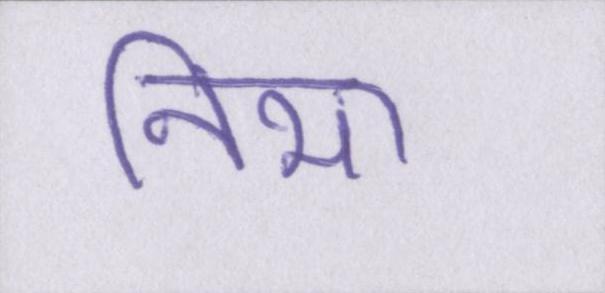
निभा